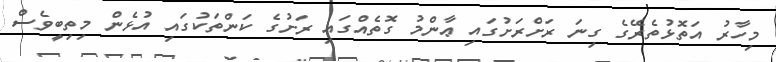
މިހާރު އަތޮޅުތެރޭގެ ގިނަ ރަށްރަށުގައި ޢާންމު ގޮތެއްގައި ރަށުގެ ކަންތަކުގައި އުޅެން މިތިބީވެސް